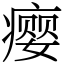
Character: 瘿